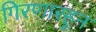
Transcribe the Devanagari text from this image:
गिरणारहून